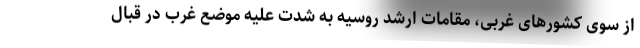
از سوی کشورهای غربی، مقامات ارشد روسیه به شدت علیه موضع غرب در قبال